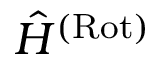
\hat { H } ^ { \mathrm { ( R o t ) } }